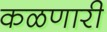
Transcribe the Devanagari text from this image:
कळणारी